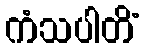
ကံသပါတိံ